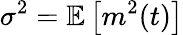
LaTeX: \sigma^{2}=\mathbb{E}\left[m^{2}(t)\right]